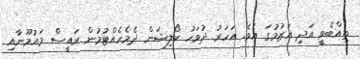
ތިއްބެވީ އަދި އަޒުމުގަ އެވެ. އަހަރު ދުވަހު ކޯލިޝަން ދެމެހެއްޓުމުން ރައީސް މައުމޫނާއި